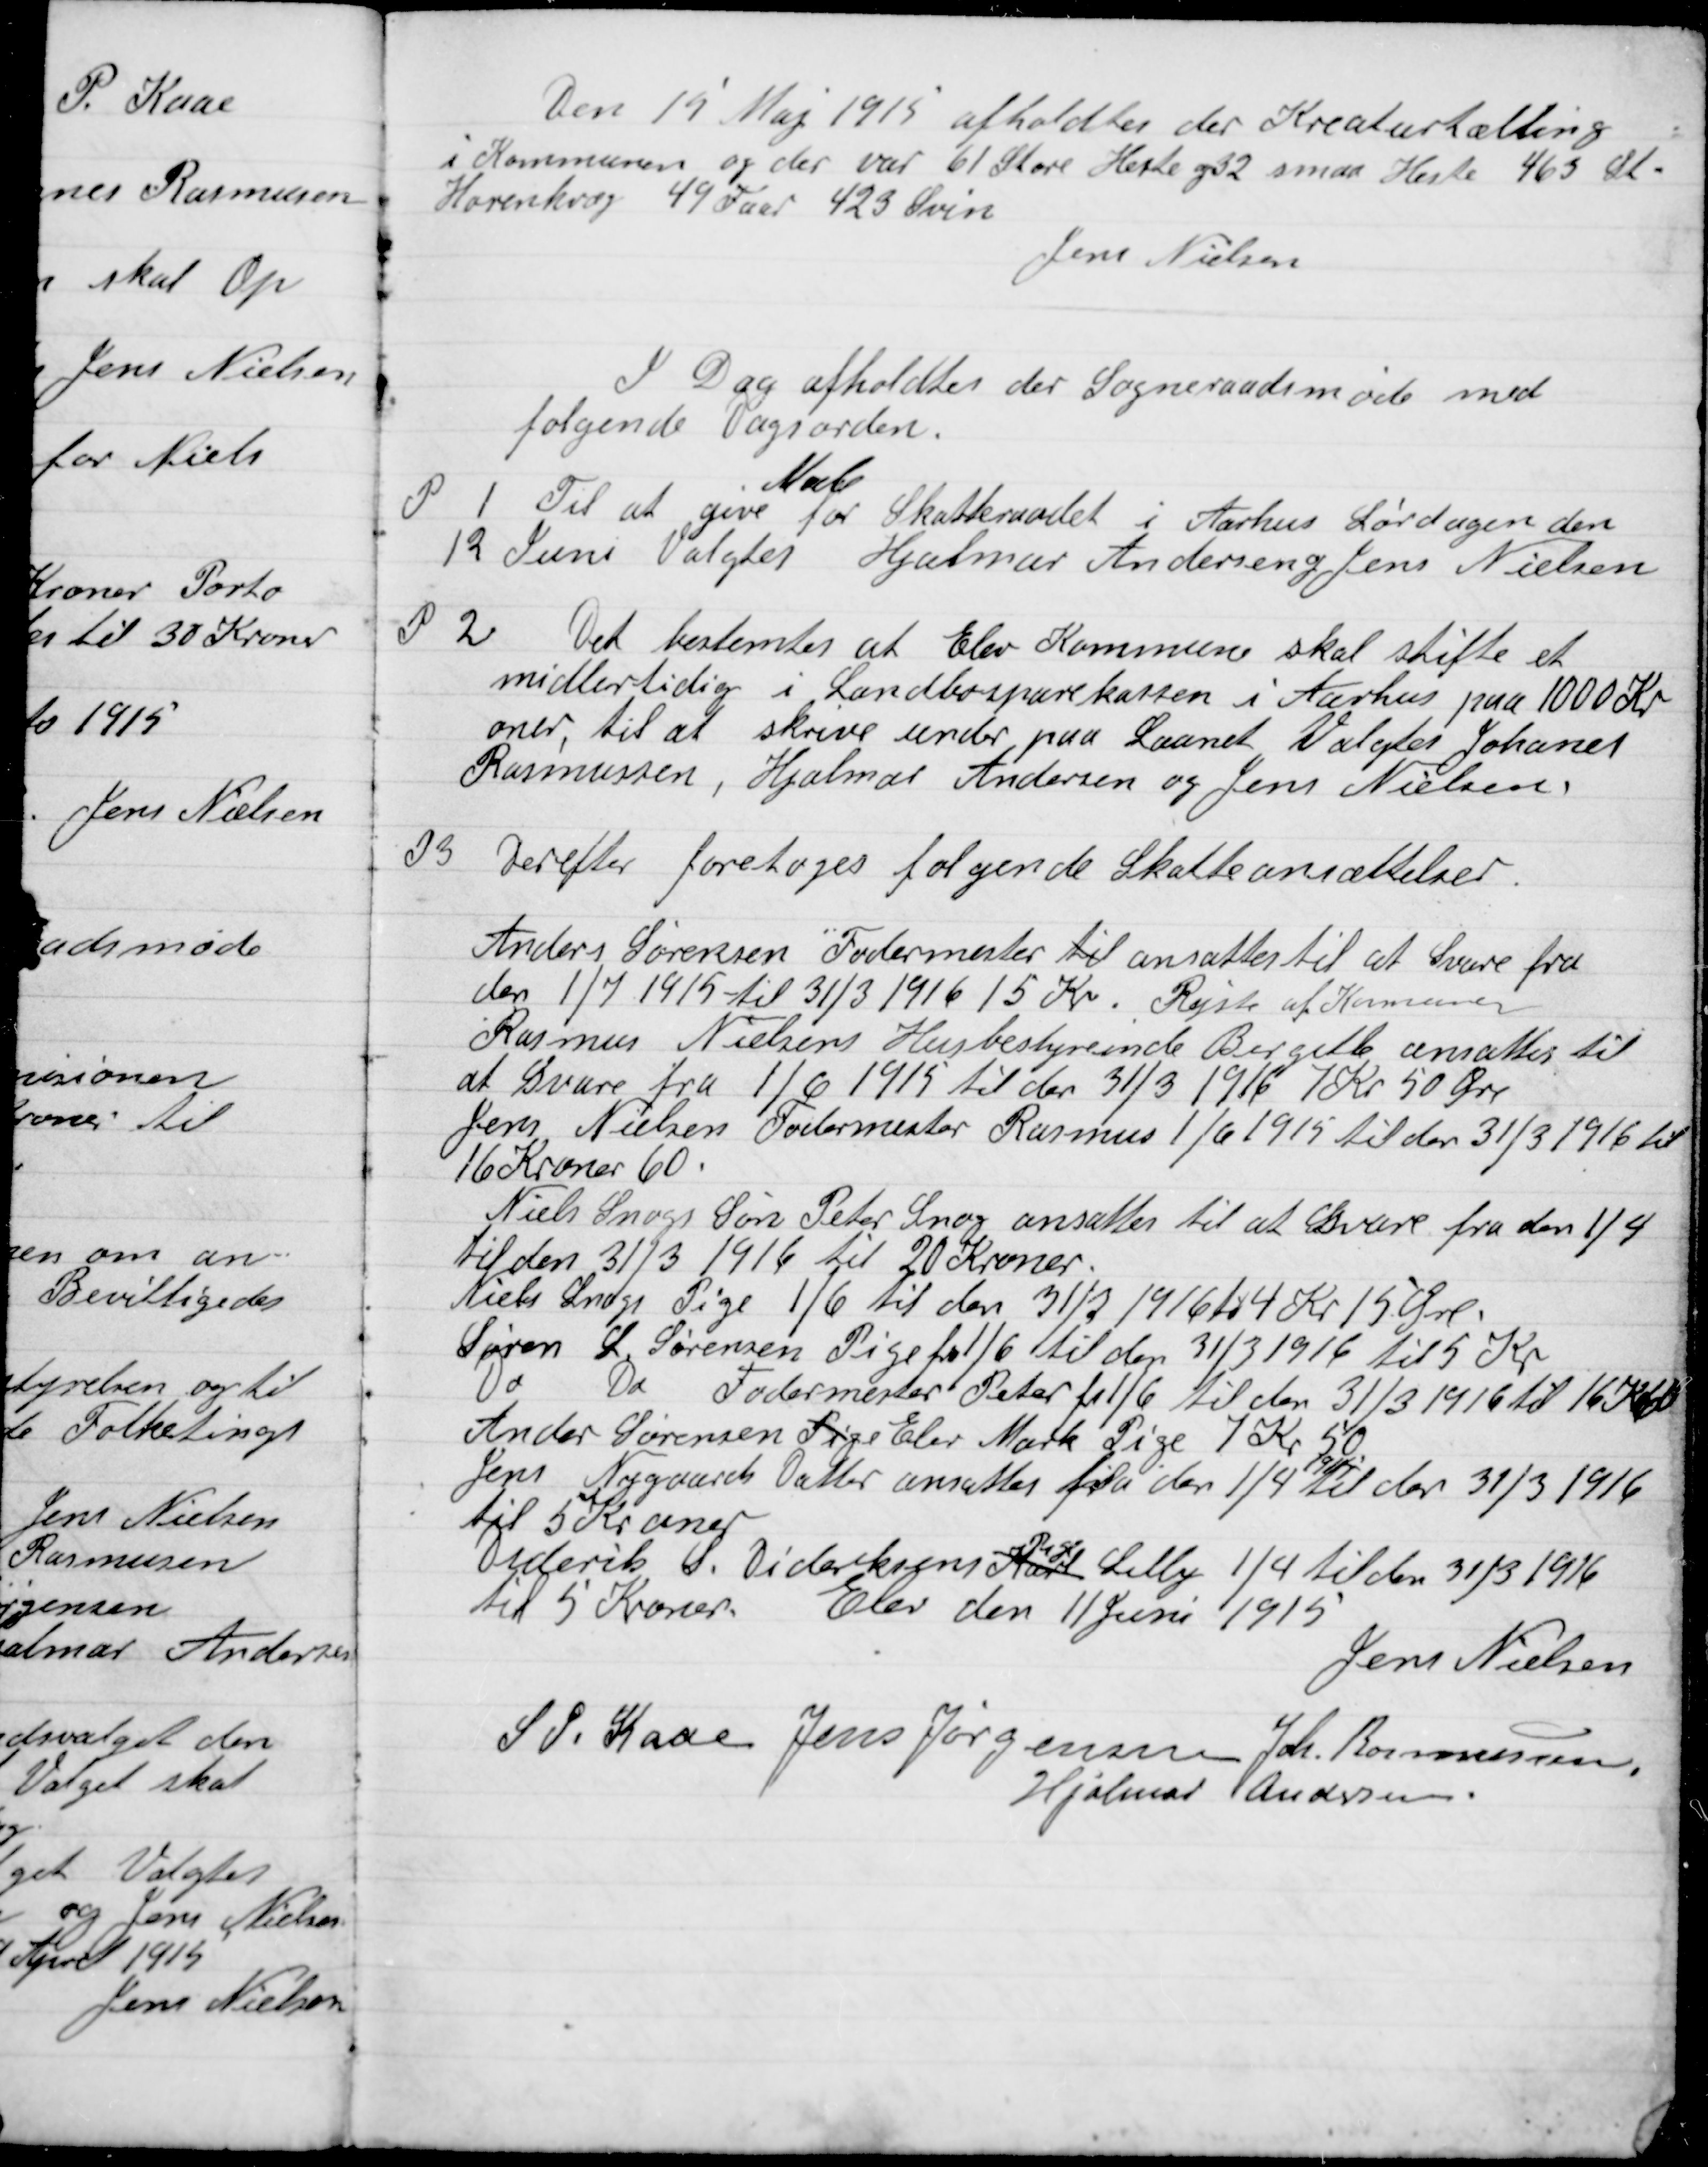
Transskription:
Den 15 Maj 1915 afholdtes der Kreaturtælling
i Kommunen og der var 61 store Heste og 32 smaa Heste 463 St.
Hornkvæg 49 Faar 423 Svin
Jens Nielsen

I Dag afholdtes der Sogneraadsmøde med
Følgende Dagsorden .

P1

Til at give
møde
for Skatteraadet i Aarhus Lørdagen den
12 Juni Valgtes Hjalmar Andersen og Jens Nielsen.

P2

Det bestemtes at Elev Kommunen skal stifte et
Midlertidig i Landbosparekassen i Aarhus paa 1000 Kr-
oner til at skrive under paa Laanet Valgtes Johannes
Rasmussen, Hjalmar Andersen og Jens Nielsen.

P3

Der foretoges følgende Skatteansættelser.
Anders Sørensen Fodermester til ansattes til at Svare fra
den 1/7 1915 til 31/3 1916 15 Kr. Rejste af Kommunen
Rasmus Nielsens Husbestyrerinde Beregnet ansattes til
at Svare fra 1/6 1915 til den 31/3 1916 7 Kr. 50 Øre
Jens Nielsen Fodermester Rasmus 1/6 1915 til den 31/3 1916 til
16 Kroner 60.
Niels snogs søn Peter Snog ansattes til at Svare fra den 1/4
til den 31/3 1916 til 20 Kroner.
Niels Snogs Pige 1/6 til den 31/3 1916 til 4 Kr. 15 Øre
Sørens L. Sørensen Pige fra 1/6 til den 31/ 1916 til 5 Kr.
Do Do Fodermester Peter fra 1/6 til den 31/3 1916 til 16 Kr.
Anders Sørensen Pige Elev Mark Pige 7 Kr. 50.
Jens Nygaards Datter ansattes fra den 1/4 til den 31/3 1916
til 5 Kroner.
Diderik S. Dideriksens Karl
Pige
Lilly ¼ til den 31/3 1916
til 5 Kroner.

Elev den 11 Juni 1915

Jens Nielsen
S.P. Kaae
Jens Jørgensen
Joh. Rasmussen
Hjalmar Andersen